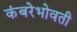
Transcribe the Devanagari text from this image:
कंबरेभोवती